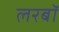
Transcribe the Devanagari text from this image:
लरबॉ